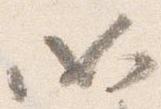
如